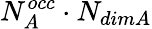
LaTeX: N_{A}^{occ}\cdot N_{dimA}